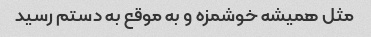
مثل همیشه خوشمزه و به موقع به دستم رسید